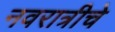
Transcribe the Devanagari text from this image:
नवरात्रीचे